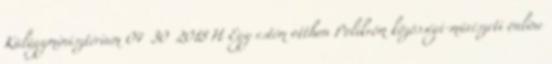
Külügyminisztérium 04 30 2018 H Egy estém otthon Polikróm közösségi-művészeti online